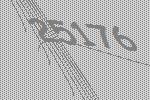
25176